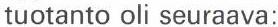
tuotanto oli seuraava: